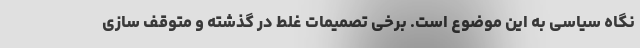
نگاه سیاسی به این موضوع است. برخی تصمیمات غلط در گذشته و متوقف سازی